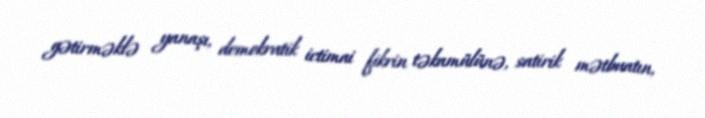
gətirməklə yanaşı, demokratik ictimai fikrin təkamülünə, satirik mətbuatın,